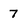
Character: 7